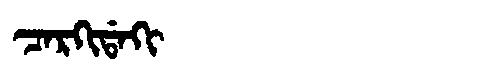
Manchu: ᠴᠠᡵᡴᡳᡩᠠᡴᡳ
Romanization: CARKIDAKI